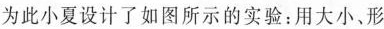
为此小夏设计了如图所示的实验：用大小、形